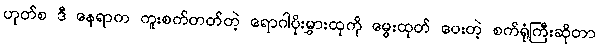
ဟုတ်စ ဒီ နေရာက ကူးစက်တတ်တဲ့ ရောဂါပိုးမွှားထုကို မွေးထုတ် ပေးတဲ့ စက်ရုံကြီးဆိုတာ